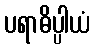
ပရာဓိပ္ပါယံ